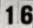
16